Statistical return of the lunatic asylum in Assam - 1912-1932
Year: 1912
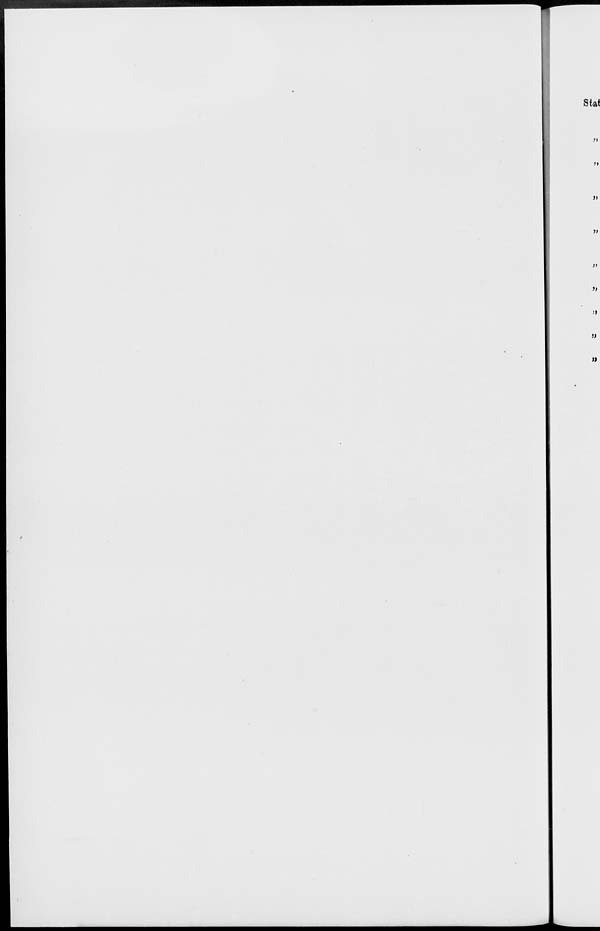
Stat
M
<»
»
»
ti
»
n
n